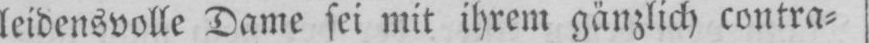
leidensvolle Dame sei mit ihrem gänzlich contra⸗